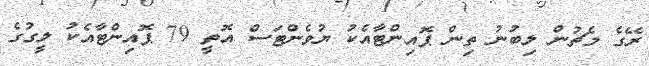
ރޭގެ މެޗުން ލިބުނު ތިން ޕޮއިންޓާއެކު ޔުވެންޓަސް އޮތީ 79 ޕޮއިންޓާއެކު ލީގުގެ